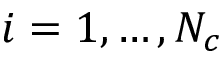
i = 1 , \dots , N _ { c }